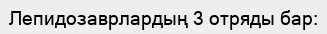
Лепидозаврлардың 3 отряды бар: